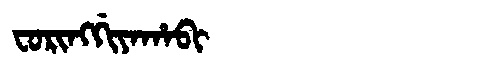
Manchu: ᠸᠣᡵᡳᠩᡤᡳᠶᠠᡥᠠᠪᡳ
Romanization: FORINGGIYAHABI